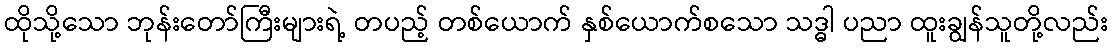
ထိုသို့သော ဘုန်းတော်ကြီးများရဲ့ တပည့် တစ်ယောက် နှစ်ယောက်စသော သဒ္ဓါ ပညာ ထူးချွန်သူတို့လည်း